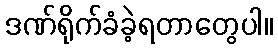
ဒဏ်ရိုက်ခံခဲ့ရတာတွေပါ။